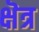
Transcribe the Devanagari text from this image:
क्षॆत्र